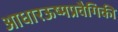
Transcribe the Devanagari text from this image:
आधारऊष्मप्रवैगिकी